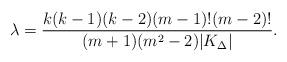
LaTeX: \begin{align*}\lambda=\frac{k(k-1)(k-2)(m-1)!(m-2)!}{(m+1)(m^2-2)|K_\Delta|}.\end{align*}